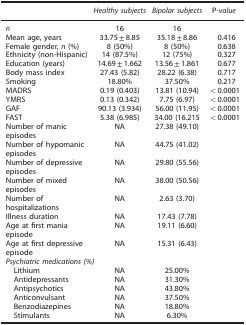
<table><thead><tr><td><b> </b></td><td><b><i>Healthy subjects</i></b></td><td><b><i>Bipolar subjects</i></b></td><td><b>P<i>-value</i></b></td></tr></thead><tbody><tr><td><i>n</i></td><td>16</td><td>16</td><td> </td></tr><tr><td>Mean age, years</td><td>33.75±8.85</td><td>35.18±8.86</td><td>0.416</td></tr><tr><td>Female gender, <i>n</i> (%)</td><td>8 (50%)</td><td>8 (50%)</td><td>0.638</td></tr><tr><td>Ethnicity (non-Hispanic)</td><td>14 (87.5%)</td><td>12 (75%)</td><td>0.327</td></tr><tr><td>Education (years)</td><td>14.69±1.662</td><td>13.56±1.861</td><td>0.677</td></tr><tr><td>Body mass index</td><td>27.43 (5.82)</td><td>28.22 (6.38)</td><td>0.717</td></tr><tr><td>Smoking</td><td>18.80%</td><td>37.50%</td><td>0.217</td></tr><tr><td>MADRS</td><td>0.19 (0.403)</td><td>13.81 (10.94)</td><td>&lt;0.0001</td></tr><tr><td>YMRS</td><td>0.13 (0.342)</td><td>7.75 (6.97)</td><td>&lt;0.0001</td></tr><tr><td>GAF</td><td>90.13 (3.934)</td><td>56.00 (11.95)</td><td>&lt;0.0001</td></tr><tr><td>FAST</td><td>5.38 (6.985)</td><td>34.00 (16.215</td><td>&lt;0.0001</td></tr><tr><td>Number of manic episodes</td><td>NA</td><td>27.38 (49.10)</td><td> </td></tr><tr><td>Number of hypomanic episodes</td><td>NA</td><td>44.75 (41.02)</td><td> </td></tr><tr><td>Number of depressive episodes</td><td>NA</td><td>29.80 (55.56)</td><td> </td></tr><tr><td>Number of mixed episodes</td><td>NA</td><td>38.00 (50.56)</td><td> </td></tr><tr><td>Number of hospitalizations</td><td>NA</td><td>2.63 (3.70)</td><td> </td></tr><tr><td>Illness duration</td><td>NA</td><td>17.43 (7.78)</td><td> </td></tr><tr><td>Age at first mania episode</td><td>NA</td><td>19.11 (6.60)</td><td> </td></tr><tr><td>Age at first depressive episode</td><td>NA</td><td>15.31 (6.43)</td><td> </td></tr><tr><td colspan="4"><i>Psychiatric medications (%)</i></td></tr><tr><td> Lithium</td><td>NA</td><td>25.00%</td><td> </td></tr><tr><td> Antidepressants</td><td>NA</td><td>31.30%</td><td> </td></tr><tr><td> Antipsychotics</td><td>NA</td><td>43.80%</td><td> </td></tr><tr><td> Anticonvulsant</td><td>NA</td><td>37.50%</td><td> </td></tr><tr><td> Benzodiazepines</td><td>NA</td><td>18.80%</td><td> </td></tr><tr><td> Stimulants</td><td>NA</td><td>6.30%</td><td> </td></tr></tbody></table>